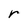
Character: r